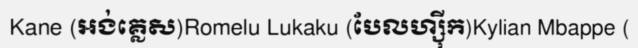
Kane (អង់គ្លេស)Romelu Lukaku (បែលហ្ស៉ីក)Kylian Mbappe (